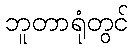
ဘူတာရုံတွင်